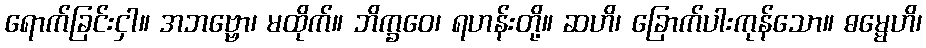
ရောက်ခြင်းငှါ။ အဘဗ္ဗော၊ မထိုက်။ ဘိက္ခဝေ၊ ရဟန်းတို့။ ဆဟိ၊ ခြောက်ပါးကုန်သော။ ဓမ္မေဟိ၊